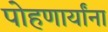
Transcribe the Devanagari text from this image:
पोहणार्यांना